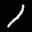
Label: 1